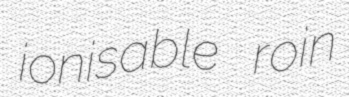
ionisable roin